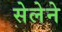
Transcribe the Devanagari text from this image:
सेलेने